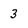
Character: 3